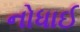
નોધાઈ